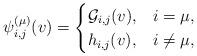
LaTeX: \begin{align*} \psi_{i,j}^{(\mu)}(v)=\begin{cases}\mathcal{G}_{i,j}(v), & i=\mu, \\ h_{i,j}(v), & i\neq \mu, \end{cases}\end{align*}